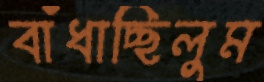
বাঁধাচ্ছিলুম